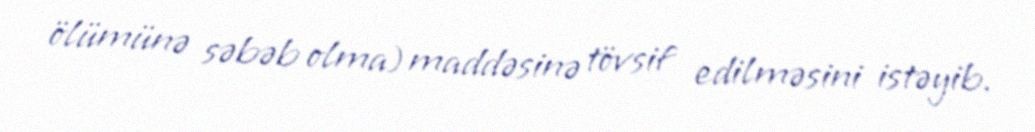
ölümünə səbəb olma) maddəsinə tövsif edilməsini istəyib.